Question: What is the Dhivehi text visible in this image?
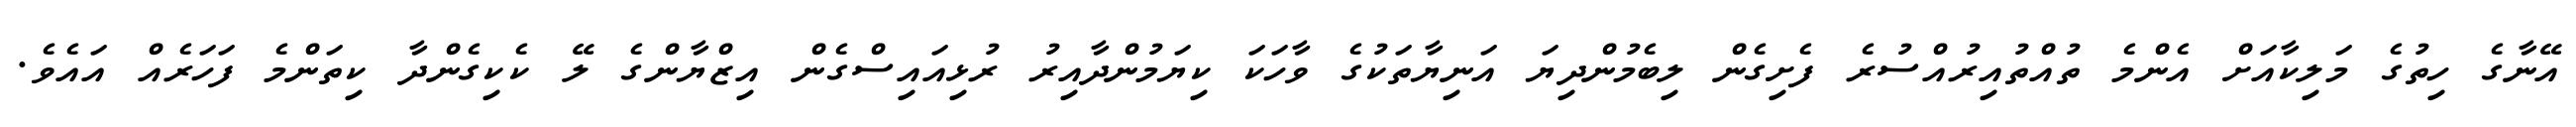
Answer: އޭނާގެ ހިތުގެ މަލިކާއަށް އެންމެ ތުއްތުއިރުއްސުރެ ފެށިގެން ލިބެމުންދިޔަ އަނިޔާތަކުގެ ވާހަކަ ކިޔަމުންދާއިރު ރުޅިއައިސްގެން އިޒްޔާންގެ ލޭ ކެކިގެންދާ ކިތަންމެ ފަހަރެއް އައެވެ.